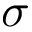
\sigma